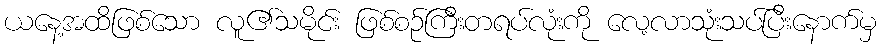
ယနေ့အထိဖြစ်သော လူ၏သမိုင်း ဖြစ်စဉ်ကြီးတရပ်လုံးကို လေ့လာသုံးသပ်ပြီးနောက်မှ